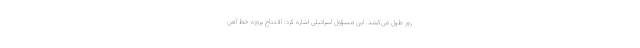
روز طول می‌کشد. این مسؤول اسرائیلی اشاره کرد: افتتاح پروژه خط آهن